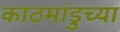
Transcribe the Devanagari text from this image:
काठमांडुच्या